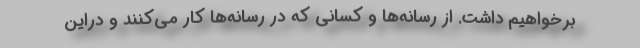
برخواهیم داشت. از رسانه‌ها و کسانی که در رسانه‌ها کار می‌کنند و دراین